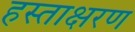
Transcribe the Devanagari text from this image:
हस्ताक्षरण